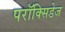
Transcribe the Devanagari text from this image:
परॉक्सिडेज